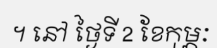
។ នៅ ថ្ងៃទី 2 ខែកុម្ភៈ